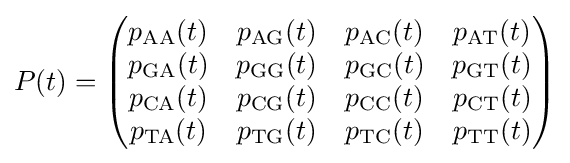
P(t)={\begin{pmatrix}p_{\mathrm {AA} }(t)&p_{\mathrm {AG} }(t)&p_{\mathrm {AC} }(t)&p_{\mathrm {AT} }(t)\\p_{\mathrm {GA} }(t)&p_{\mathrm {GG} }(t)&p_{\mathrm {GC} }(t)&p_{\mathrm {GT} }(t)\\p_{\mathrm {CA} }(t)&p_{\mathrm {CG} }(t)&p_{\mathrm {CC} }(t)&p_{\mathrm {CT} }(t)\\p_{\mathrm {TA} }(t)&p_{\mathrm {TG} }(t)&p_{\mathrm {TC} }(t)&p_{\mathrm {TT} }(t)\end{pmatrix}}